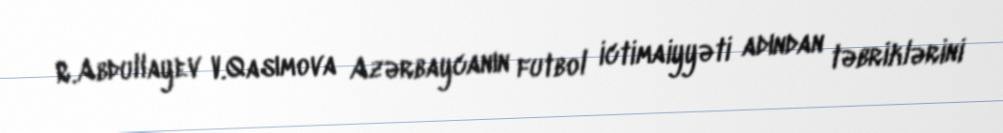
R.Abdullayev V.Qasımova Azərbaycanın futbol ictimaiyyəti adından təbriklərini